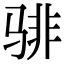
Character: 𬴂